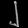
Digit: ၂